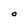
Character: O